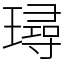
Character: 璕